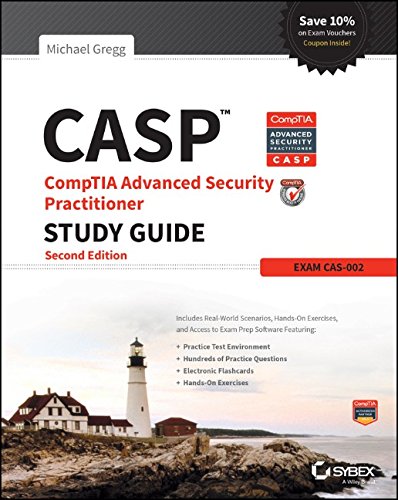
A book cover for CASP CompTIA Advanced Security Practitioner Study Guide: Exam CAS-002; Michael Gregg; Computers & Technology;